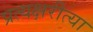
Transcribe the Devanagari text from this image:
प्रत्यक्षरीत्या